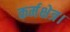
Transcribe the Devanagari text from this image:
कर्मक्षेत्र।